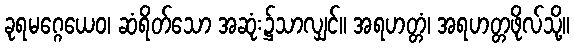
ခုရမဂ္ဂေယေဝ၊ ဆံရိတ်သော အဆုံး၌သာလျှင်။ အရဟတ္တံ၊ အရဟတ္တဖိုလ်သို့။